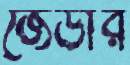
জেডার